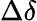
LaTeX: \Delta\delta